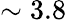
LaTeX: \sim 3.8